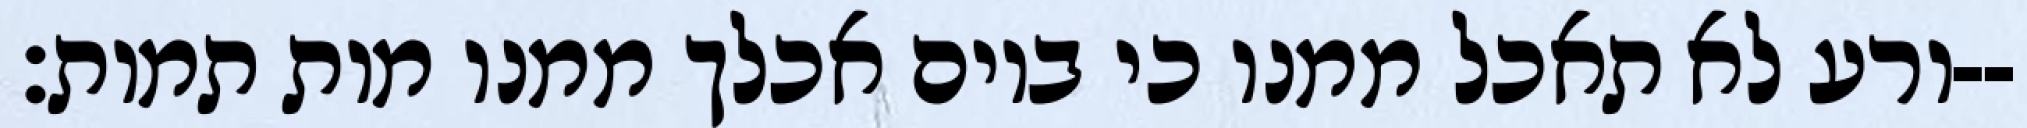
ורע לא תאכל ממנו כי ביום אכלך ממנו מות תמות׃--